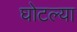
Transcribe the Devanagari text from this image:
घोटल्या